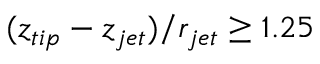
( z _ { t i p } - z _ { j e t } ) / r _ { j e t } \geq 1 . 2 5